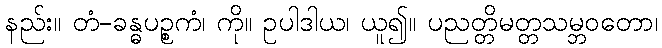
နည်း။ တံ-ခန္ဓပဉ္စကံ၊ ကို။ ဥပါဒါယ၊ ယူ၍။ ပညတ္တိမတ္တသမ္ဘဝတော၊